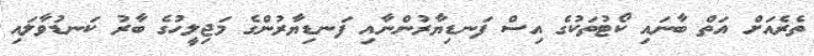
ތެރެއަށް އަތް ބާނައި ކޯޓުތަކުގެ އިސް ފަނޑިޔާރުންނާއި ފަނޑިޔާރުންގެ މަޖިލީހުގެ ބާރު ކަނޑުވާލައި